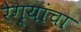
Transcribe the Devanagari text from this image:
रेग्यांचा